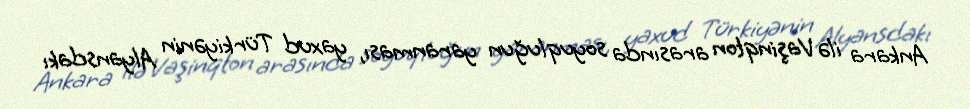
Ankara ilə Vaşinqton arasında soyuqluğun yaranması, yaxud Türkiyənin Alyansdakı